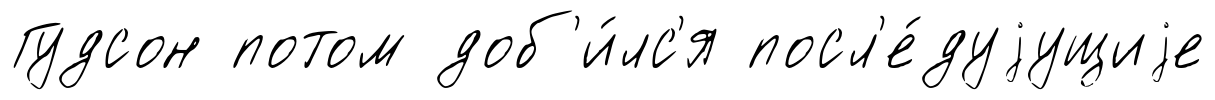
Гудсон потом доб'и́лс'я посл'е́дуjущиjе